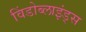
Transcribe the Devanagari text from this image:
विंडोब्लाइंड्स